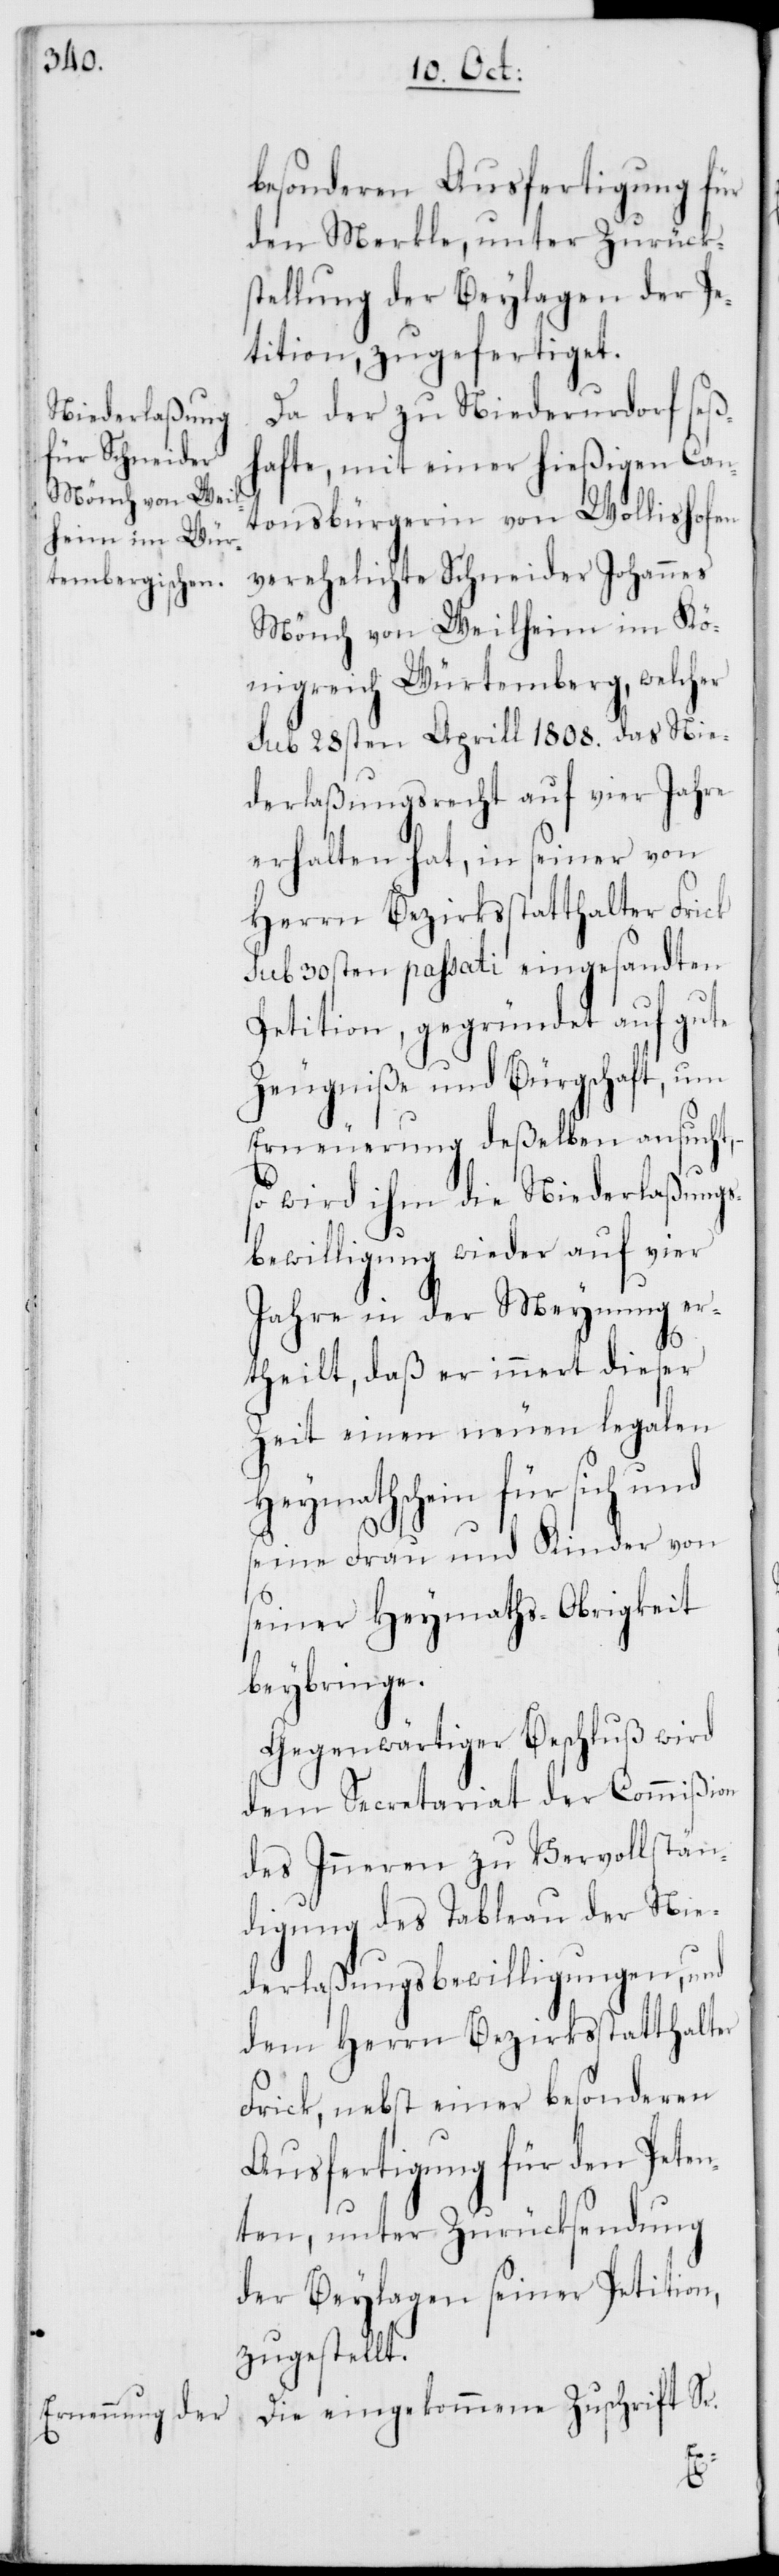
besonderen Ausfertigung für
den Merkle, unter Zurücks¬
tellung der Beylagen der Pe¬
tition, zugefertiget.
Da der zu Niederurdorf seß¬
hafte, mit einer hießigen Can¬
tonsbürgerin von Wollishofen
verehelichte Schneider Johannes
Mönch von Weilheim im Kö¬
nigreich Würtemberg, welcher
sub 28sten Aprill 1808. das Nie¬
derlaßungsrecht auf vier Jahre
erhalten hat, in seiner von
Herrn Bezirksstatthalter Frick
sub 30sten passati eingesandten
Petition, gegründet auf gute
Zeugniße und Bürgschaft, um
Erneuerung deßelben ansucht,
so wird ihm die Niederlaßungs¬
bewilligung wieder auf vier
Jahre in der Meynung er¬
theilt, daß er innert dieser
Zeit einen neuen legalen
Heymathschein für sich und
seine Frau und Kinder von
seiner Heymaths-Obrigkeit
beybringe.
Gegenwärtiger Beschluß wird
dem Secretariat der Commißion
des Inneren zu Vervollstän¬
digung des Tableau der Nie¬
derlaßungsbewilligungen, und
dem Herrn Bezirksstatthalter
Frick, nebst einer besonderen
Ausfertigung für den Peten¬
ten, unter Zurücksendung
der Beylagen seiner Petition,
zugestellt.
Die eingekommene Zuschrift Sr.